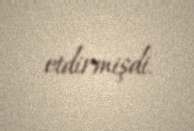
etdirmişdi.